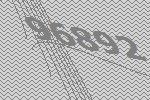
96892